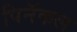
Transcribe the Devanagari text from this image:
पिनॅकल